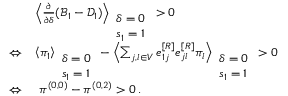
\begin{array} { r l } & { \left\langle \frac { \partial } { \partial \delta } ( \mathcal { B } _ { 1 } - \mathcal { D } _ { 1 } ) \right\rangle _ { \begin{array} { l } { \delta = 0 } \\ { s _ { 1 } = 1 } \end{array} } > 0 } \\ { \Leftrightarrow } & { \left\langle \pi _ { 1 } \right\rangle _ { \begin{array} { l } { \delta = 0 } \\ { s _ { 1 } = 1 } \end{array} } - \left\langle \sum _ { j , l \in V } e _ { 1 j } ^ { [ R ] } e _ { j l } ^ { [ R ] } \pi _ { l } \right\rangle _ { \begin{array} { l } { \delta = 0 } \\ { s _ { 1 } = 1 } \end{array} } > 0 } \\ { \Leftrightarrow } & { ~ \pi ^ { ( 0 , 0 ) } - \pi ^ { ( 0 , 2 ) } > 0 \, . } \end{array}